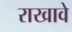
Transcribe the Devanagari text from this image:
राखावे